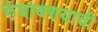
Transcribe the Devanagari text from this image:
रुंदावण्याची